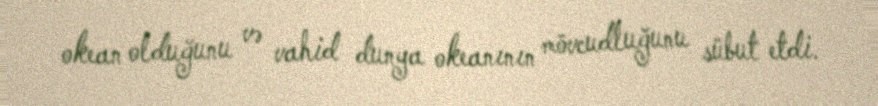
okean olduğunu və vahid dunya okeanının mövcudluğunu sübut etdi.